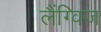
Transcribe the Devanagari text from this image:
लैंग्विज